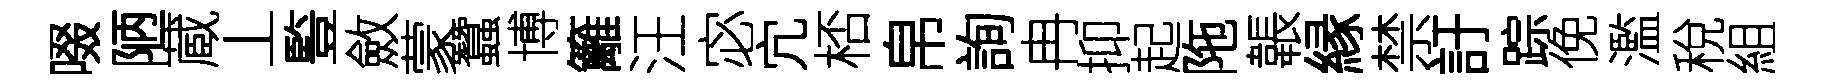
啜陋蔵丄䜿斂蒙蠶博籬汪宓宂桮帛詢冉抑起陁韔縁禁訏踪俛濫稅組